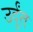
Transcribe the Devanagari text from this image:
उर्दूंत